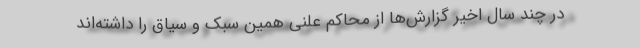
در چند سال اخیر گزارش‌ها از محاکم علنی همین سبک و سیاق را داشته‌اند